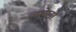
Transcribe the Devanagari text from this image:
लमेला